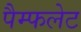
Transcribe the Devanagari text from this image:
पैम्‍फलेट